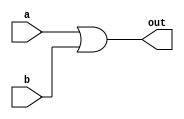
`timescale 1ns / 1ps

module OrX16(
    input [15:0] a,
    input [15:0] b,
    output [15:0] out
    );
    
    assign out = a | b;

endmodule